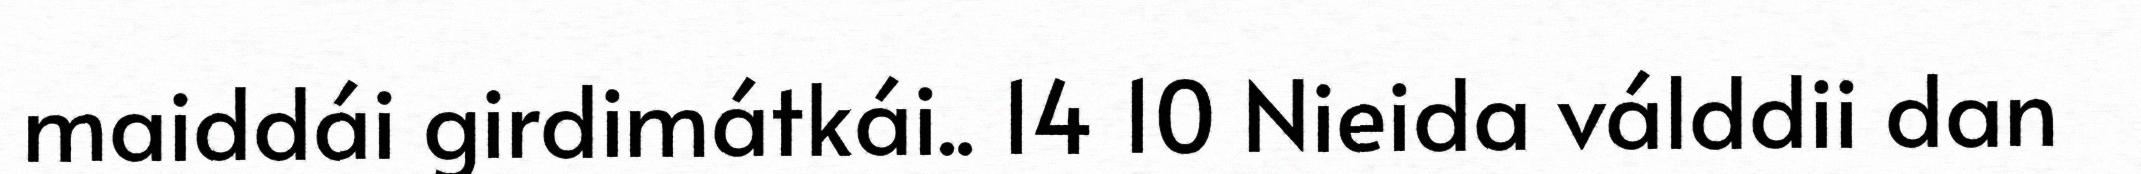
maiddái girdimátkái.. 14 10 Nieida válddii dan